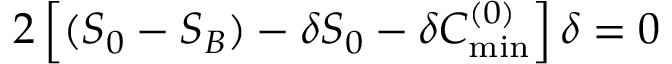
2 \left[ ( S _ { 0 } - S _ { B } ) - \delta S _ { 0 } - \delta C _ { \mathrm { m i n } } ^ { ( 0 ) } \right] \delta = 0